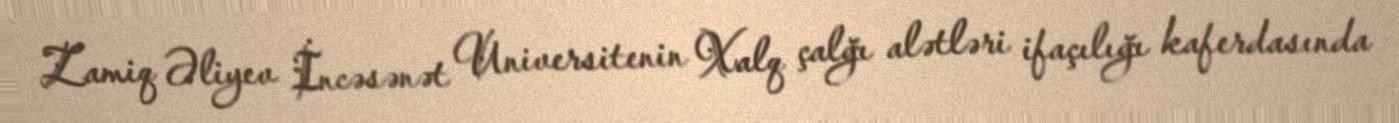
Zamiq Əliyev İncəsənət Universitenin Xalq çalğı alətləri ifaçılığı kaferdasında